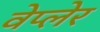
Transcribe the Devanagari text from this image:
वेप्लेर